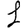
Digit: 1